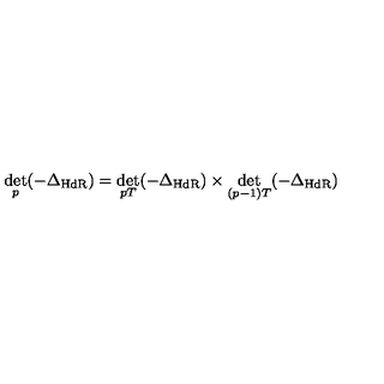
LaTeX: \det _ { p } ( - \Delta _ { \mathrm { H d R } } ) = \det _ { p T } ( - \Delta _ { \mathrm { H d R } } ) \times \det _ { ( p - 1 ) T } ( - \Delta _ { \mathrm { H d R } } )